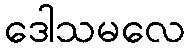
ဒေါသမလေ